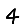
Digit: 4